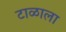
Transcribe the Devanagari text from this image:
टाळाला